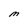
Character: M